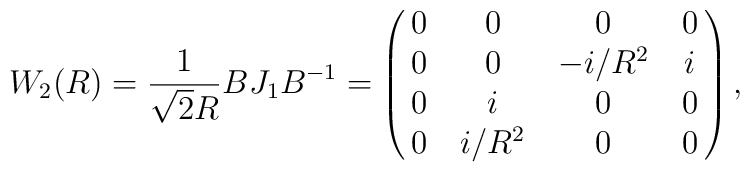
W_{2}(R) = {1 \over \sqrt{2} R} BJ_{1}B^{-1} =\pmatrix{0&0&0&0 \cr 0&0&- i/R^{2}&i \cr 0&i&0&0 \cr 0&i/R^{2}&0&0}  ,